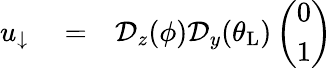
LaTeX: \begin{array}{rlr}{u_{\downarrow}}&{{}=}&{\mathcal{D}_{z}(\phi)\mathcal{D}_{y}(\theta_{\mathrm{L}})\left(\begin{array}{c}{0}\\ {1}\end{array}\right)}\end{array}